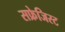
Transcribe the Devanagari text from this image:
सफ्रेजिस्ट